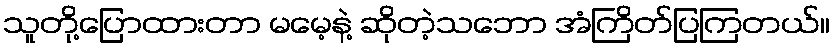
သူတို့ပြောထားတာ မမေ့နဲ့ ဆိုတဲ့သဘော အံကြိတ်ပြကြတယ်။